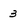
Character: 3